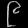
Digit: ၉